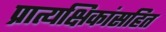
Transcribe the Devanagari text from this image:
प्रात्यक्षिकांसहित